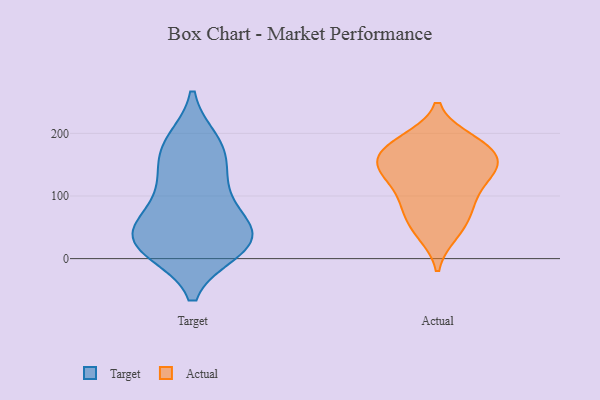
{"axis": {"x": "Active Users", "y": "Value"}, "legend": ["Actual", "Target"], "data": [{"x": "", "y": 185, "type": "Target"}, {"x": "", "y": 172, "type": "Target"}, {"x": "", "y": 127, "type": "Target"}, {"x": "", "y": 79, "type": "Target"}, {"x": "", "y": 52, "type": "Target"}, {"x": "", "y": 113, "type": "Target"}, {"x": "", "y": 175, "type": "Target"}, {"x": "", "y": 29, "type": "Target"}, {"x": "", "y": 15, "type": "Target"}, {"x": "", "y": 18, "type": "Target"}, {"x": "", "y": 27, "type": "Target"}, {"x": "", "y": 28, "type": "Target"}, {"x": "", "y": 46, "type": "Target"}, {"x": "", "y": 138, "type": "Actual"}, {"x": "", "y": 45, "type": "Actual"}, {"x": "", "y": 146, "type": "Actual"}, {"x": "", "y": 151, "type": "Actual"}, {"x": "", "y": 142, "type": "Actual"}, {"x": "", "y": 184, "type": "Actual"}, {"x": "", "y": 40, "type": "Actual"}, {"x": "", "y": 162, "type": "Actual"}, {"x": "", "y": 180, "type": "Actual"}, {"x": "", "y": 72, "type": "Actual"}, {"x": "", "y": 189, "type": "Actual"}, {"x": "", "y": 135, "type": "Actual"}, {"x": "", "y": 108, "type": "Actual"}, {"x": "", "y": 81, "type": "Actual"}, {"x": "", "y": 179, "type": "Actual"}, {"x": "", "y": 93, "type": "Actual"}]}